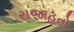
રાજાહતો